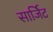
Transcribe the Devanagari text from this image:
सार्जिट